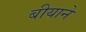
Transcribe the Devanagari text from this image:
बीयाने